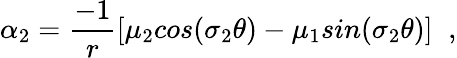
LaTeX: \alpha_{2}=\frac{-1}{r}[\mu_{2}cos(\sigma_{2}\theta)-\mu_{1}sin(\sigma_{2}\theta)]\; \; ,